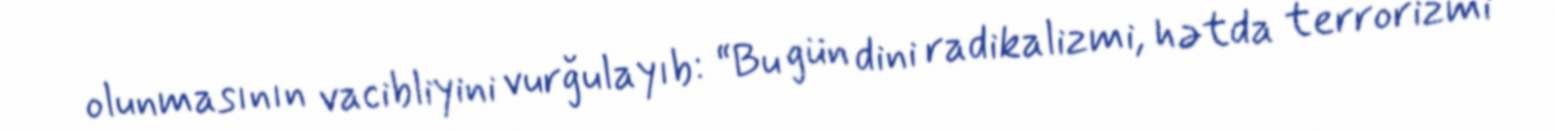
olunmasının vacibliyini vurğulayıb: “Bu gün dini radikalizmi, hətda terrorizmi